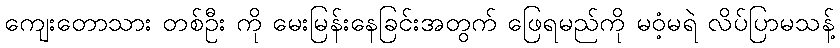
ကျေးတောသား တစ်ဦး ကို မေးမြန်းနေခြင်းအတွက် ဖြေရမည်ကို မဝံ့မရဲ လိပ်ပြာမသန့်